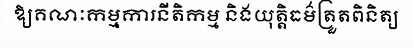
ឱ្យគណៈកម្មការនីតិកម្ម និងយុត្តិធម៌ត្រួតពិនិត្យ